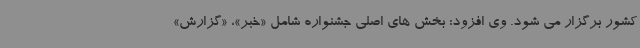
کشور برگزار می شود. وی افزود: بخش های اصلی جشنواره شامل «خبر»، «گزارش»